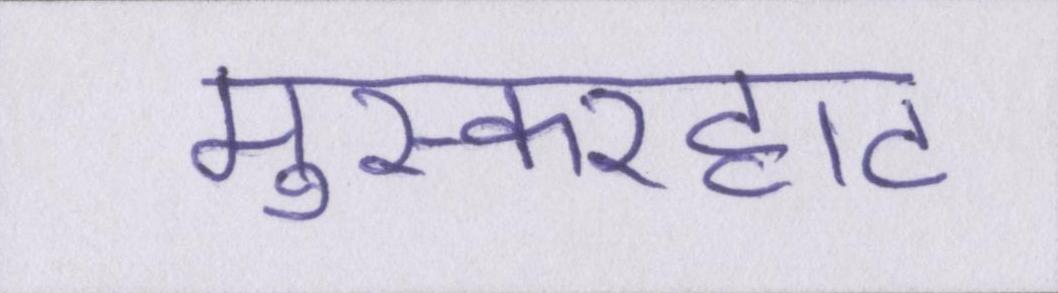
मुस्करहाट